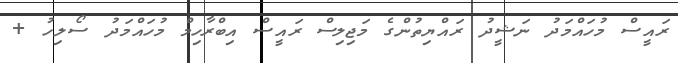
ރައީސް މުހައްމަދު ނަޝީދު ރައްޔިތުންގެ މަޖިލިސް ރައީސް އިބްރާހިމް މުހައްމަދު ސޯލިހު +